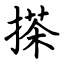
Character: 搽